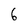
Character: 6